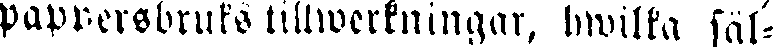
pappersbruks tillwerkningar, hwilka säl-